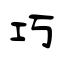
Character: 巧